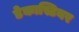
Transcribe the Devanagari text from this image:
डेकास्टियर